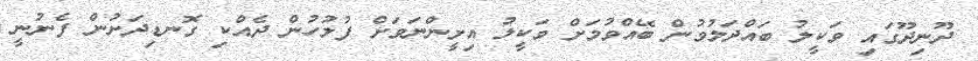
ދޫނިދޫގައި ވަކީލު ބައްދަލުވުން ބޭއްވުމަށް ވަކީލު އިށީންނަވަށް ފުލުހުން ދެއްކި ގޮނޑިދަށުން ފެނުނީ